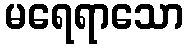
မရေရာသော